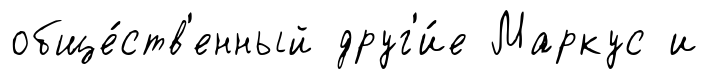
обще́ств'енный друг'и́е Маркус и